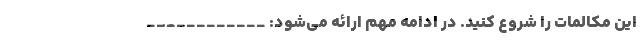
این مکالمات را شروع کنید. در ادامه مهم ارائه می‌شود: ____________